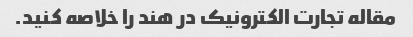
مقاله تجارت الکترونیک در هند را خلاصه کنید.